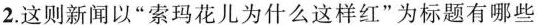
2.这则新闻以“索玛花儿为什么这样红”为标题有哪些